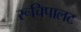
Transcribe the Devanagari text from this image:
रूचिपालट